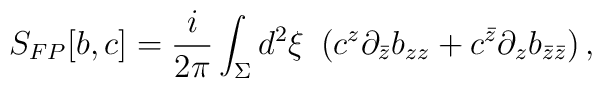
S_{FP}[b,c] = \frac{i}{2\pi}\int_{\Sigma} d^{2}\xi \,\, \left(    c^{z}\partial_{\bar{z}}b_{zz} + c^{\bar{z}}\partial_{z}b_{\bar{z}\bar{z}} \right),